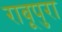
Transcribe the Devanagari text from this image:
राबूपुरा